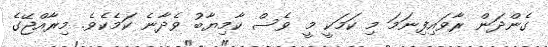
ގެންދަން ރާވައިފިނަމަ މި ކަމަކީ މީ ވެސް ކާމިޔާބު ވެދާނެ ކަމެކެވެ. މިރާއްޖޭގެ